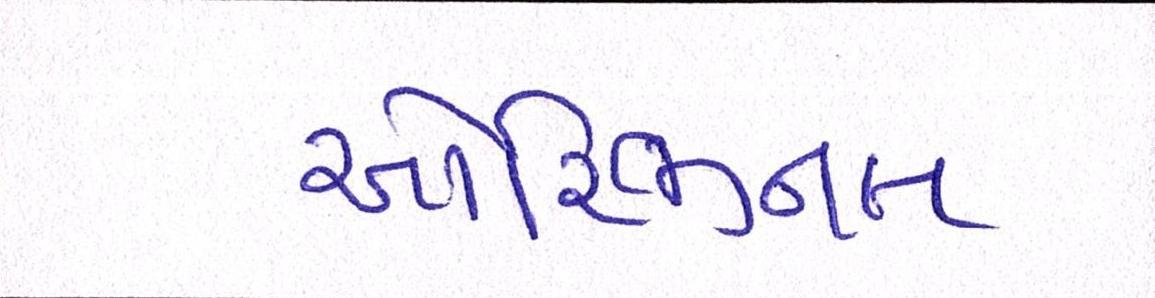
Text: ઓરિજીનલ